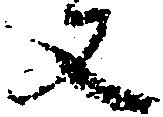
丈